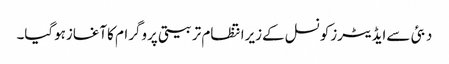
دبئی سےایڈیٹرزکونسل کےزیرانتظام تربیتی پروگرام کاآغازہوگیا۔